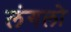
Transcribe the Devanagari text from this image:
लंगलो